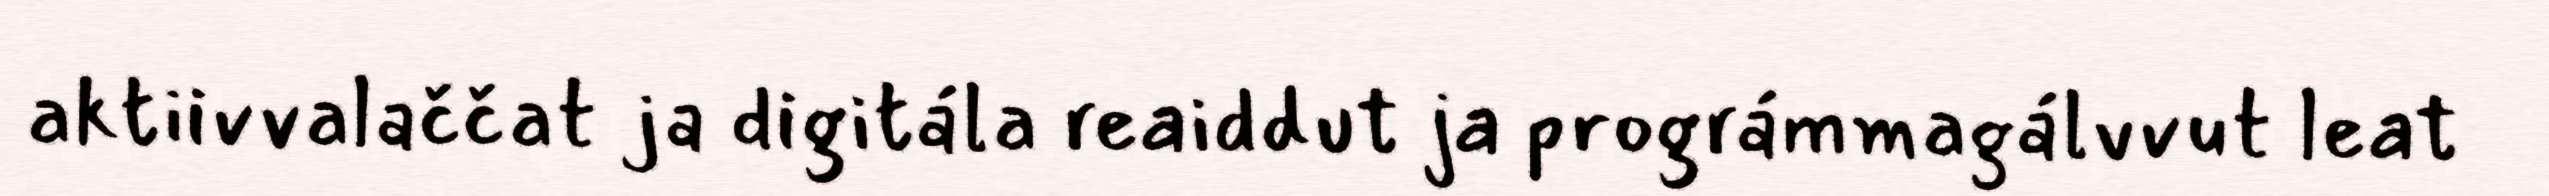
aktiivvalaččat ja digitála reaiddut ja prográmmagálvvut leat